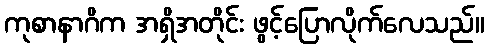
ကုစာနာဂိက အရှိအတိုင်း ဖွင့်ပြောလိုက်လေသည်။